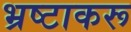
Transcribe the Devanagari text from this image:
भ्रष्टाकरू